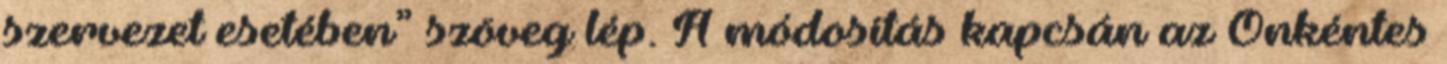
szervezet esetében” szöveg lép. A módosítás kapcsán az Önkéntes